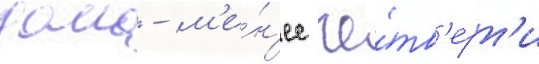
дома - м'е́н'ее че́тв'ерт'и